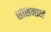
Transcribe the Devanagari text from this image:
शासनानं